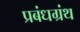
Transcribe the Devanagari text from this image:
प्रबंधग्रंथ